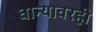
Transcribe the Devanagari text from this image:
धान्यावरही